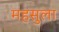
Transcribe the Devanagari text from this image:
महसुला